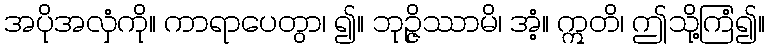
အပိုအလှံကို။ ကာရာပေတွာ၊ ၍။ ဘုဉ္ဇိဿာမိ၊ အံ့။ ဣတိ၊ ဤသို့ကြံ၍။